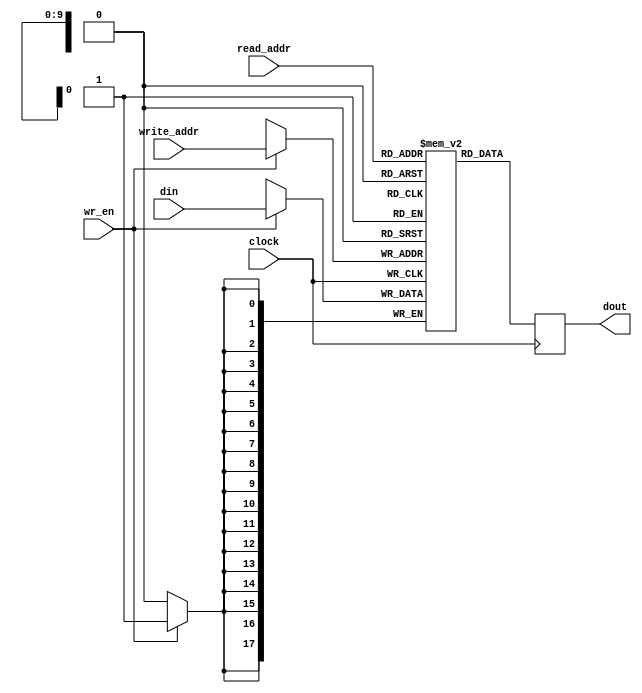
`timescale 1ns / 1ps
//////////////////////////////////////////////////////////////////////////////////
// Company: 
// Engineer: 
// 
// Design Name: 
// Module Name:    My_Block_RAM 
// Project Name: 
// Target Devices: 
// Tool versions: 
// Description: 
//
// Dependencies: 
//
// Revision: 
// Revision 0.01 - File Created
// Additional Comments: 
//
//////////////////////////////////////////////////////////////////////////////////
module My_Block_RAM#(parameter DATA_WIDTH=18,
										 ADDRESS_WIDTH=10)(
	 input clock,
    input   [ADDRESS_WIDTH-1:0] read_addr,
    input   wr_en,
    input   [ADDRESS_WIDTH-1:0] write_addr,
    output [DATA_WIDTH-1:0] dout,
    input  [DATA_WIDTH-1:0] din
    );
	localparam  DATA_DEPTH=(1<<ADDRESS_WIDTH);
	reg [DATA_WIDTH-1:0] RAM [DATA_DEPTH-1:0];
	reg [ADDRESS_WIDTH-1:0] local_write_addr;
	reg [DATA_WIDTH-1:0] local_dout;
	
	always@(posedge clock) begin
		if(wr_en)
			RAM[write_addr]<=din;
		local_dout<=RAM[read_addr];
	end
	assign dout=local_dout;
endmodule